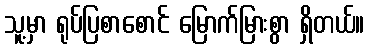
သူ့မှာ ရုပ်ပြစာစောင် မြောက်မြားစွာ ရှိတယ်။